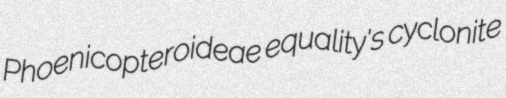
Phoenicopteroideae equality's cyclonite